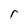
Character: r